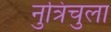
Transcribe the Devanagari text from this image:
नुत्रिचुला